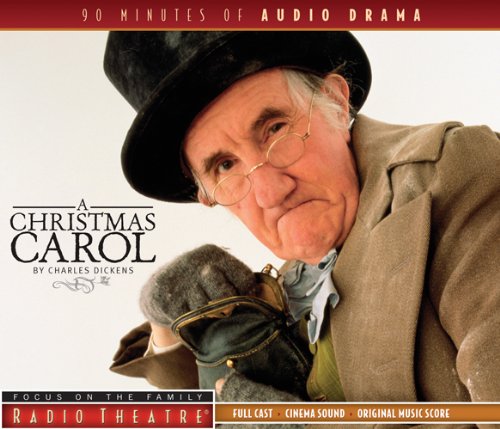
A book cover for A Christmas Carol (Radio Theatre); Christian Books & Bibles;